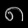
Digit: ၈